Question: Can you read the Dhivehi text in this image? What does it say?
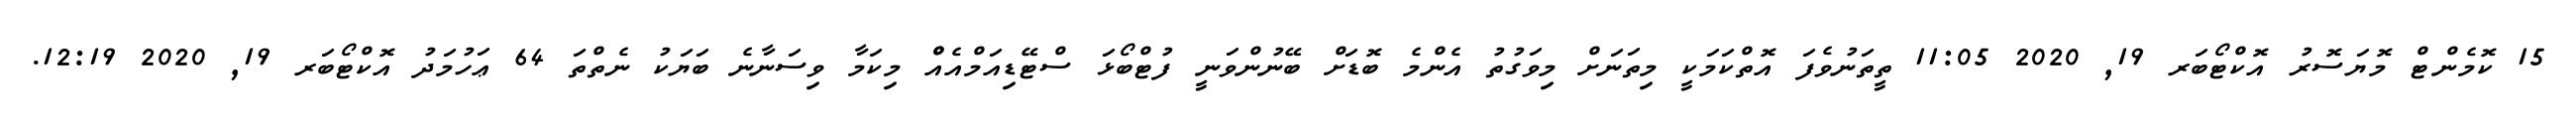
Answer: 15 ކޮމެންޓް މޮޔަސޮރު އޮކްޓޯބަރ 19, 2020 11:05 ތީތަނުވެފަ އޮތްކަމަކީ މިތަނަށް މިވަގުތު އެންމެ ބޮޑަށް ބޭނުންވަނީ ފުޓްބޯޅަ ސްޓޭޑިއަމްއެއްް މިކަމާ ވިސަނާނެ ބަޔަކު ނެތްތަ 64 ޢަހުމަދު އޮކްޓޯބަރ 19, 2020 12:19.